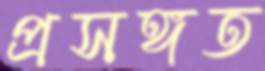
প্রসঙ্গত